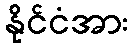
နိုင်ငံအား